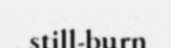
still-burn